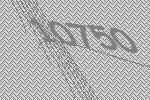
10750